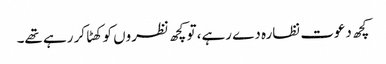
کچھ دعوت نظارہ دے رہے، تو کچھ نظروں کو کھٹا کر رہے تھے۔